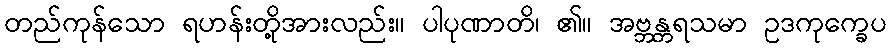
တည်ကုန်သော ရဟန်းတို့အားလည်း။ ပါပုဏာတိ၊ ၏။ အဗ္ဘန္တရသမာ ဥဒကုက္ခေပ